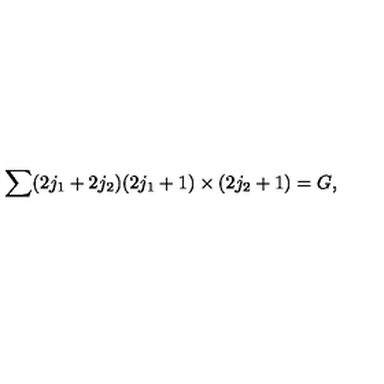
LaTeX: \sum ( 2 j _ { 1 } + 2 j _ { 2 } ) ( 2 j _ { 1 } + 1 ) \times ( 2 j _ { 2 } + 1 ) = G ,